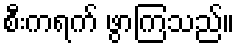
စီးကရက် ဖွာကြသည်။